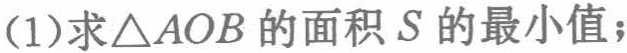
(1)求\(\triangle AOB\)的面积\(S\)的最小值；